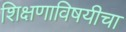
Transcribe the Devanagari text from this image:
शिक्षणाविषयीचा